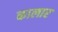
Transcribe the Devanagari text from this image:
कालार